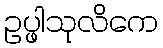
ဥပ္ဖါသုလိကေ